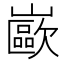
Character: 𰎼